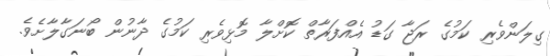
ގިލަންވެރި ކަމުގެ ރަޖާ ގަޑު އެއްފަރާތް ކޮށްލާ މޮޅިވެރި ކަމުގެ ދާނުން ބޯނަގާލާށެވެ.